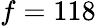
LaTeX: f=118